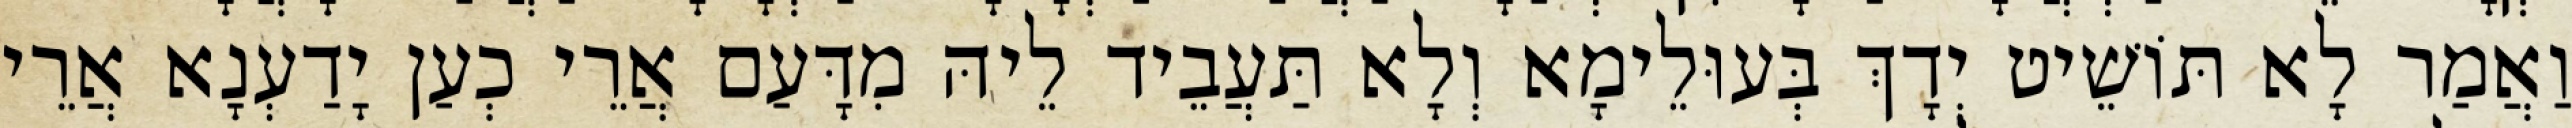
וַאֲמַר לָא תּוֹשֵׁיט יְדָךְ בְּעוּלֵימָא וְלָא תַּעֲבֵיד לֵיהּ מִדָּעַם אֲרֵי כְעַן יָדַעְנָא אֲרֵי